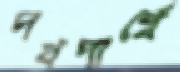
পথপার্শ্বে